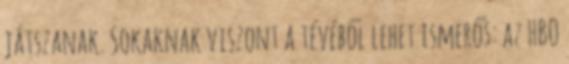
játszanak. Sokaknak viszont a tévéből lehet ismerős: az HBO